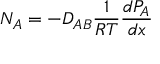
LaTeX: N _ { A } = - D _ { A B } { \frac { 1 } { R T } } { \frac { d P _ { A } } { d x } }